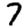
Digit: 7